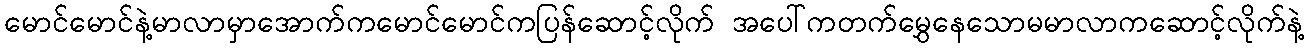
မောင်မောင်နဲ့မာလာမှာအောက်ကမောင်မောင်ကပြန်ဆောင့်လိုက် အပေါ်ကတက်မွှေနေသောမမာလာကဆောင့်လိုက်နဲ့